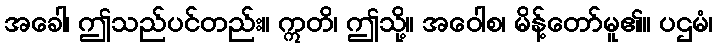
အခေါ၊ ဤသည်ပင်တည်း။ ဣတိ၊ ဤသို့။ အဝေါစ၊ မိန့်တော်မူ၏။ ပဌမံ၊